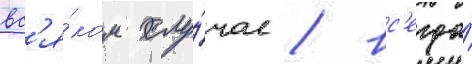
вс'я́ком слу́чае / вс'егда́